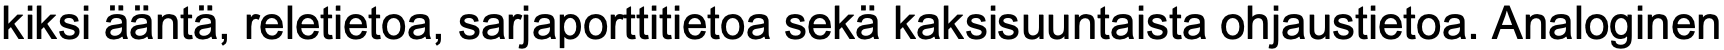
kiksi ääntä, reletietoa, sarjaporttitietoa sekä kaksisuuntaista ohjaustietoa. Analoginen